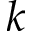
k